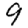
Digit: 9